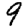
Digit: 9